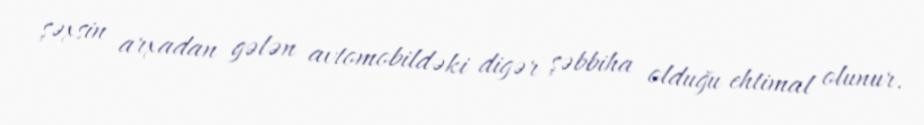
şəxsin arxadan gələn avtomobildəki digər şəbbiha olduğu ehtimal olunur.